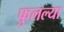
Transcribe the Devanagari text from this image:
फुलल्या